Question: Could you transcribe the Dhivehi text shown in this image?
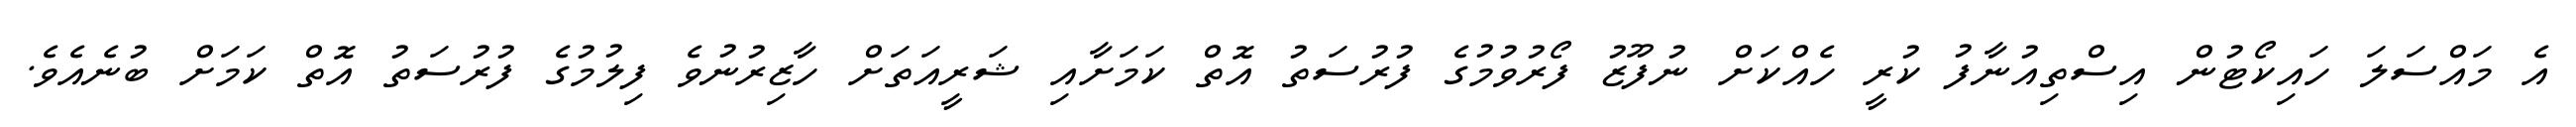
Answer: އެ މައްސަލަ ހައިކޯޓުން އިސްތިއުނާފު ކުރީ ހެއްކަށް ނުފޫޒު ފޯރުވުމުގެ ފުރުސަތު އޮތް ކަމަށާއި ޝަރީއަތަށް ހާޒިރުނުވެ ފިލުމުގެ ފުރުސަތު އޮތް ކަމަށް ބުނެއެވެ.